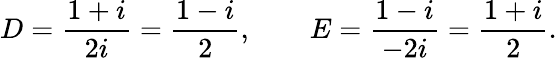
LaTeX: D={\frac{1+i}{2i}}={\frac{1-i}{2}},\qquad E={\frac{1-i}{-2i}}={\frac{1+i}{2}}.